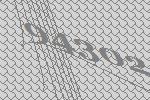
94302